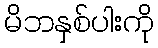
မိဘနှစ်ပါးကို